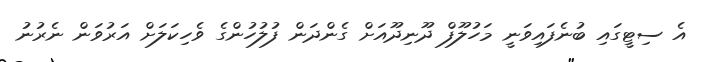
އެ ސިޓީގައި ބުނެފައިވަނީ މަހުލޫފް ދޫނިދޫއަށް ގެންދަން ފުލުހުންގެ ވެހިކަލަށް އަރުވަން ނެރުނު